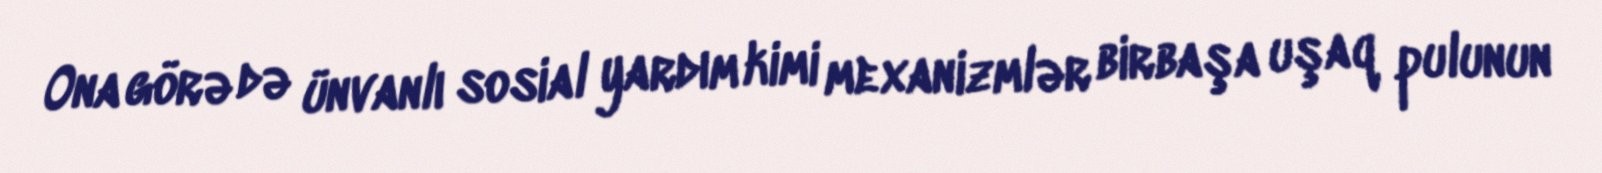
Ona görə də ünvanlı sosial yardım kimi mexanizmlər birbaşa uşaq pulunun